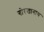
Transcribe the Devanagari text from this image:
गोरखानाथ